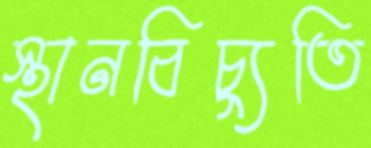
স্থানবিচ্যুতি